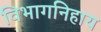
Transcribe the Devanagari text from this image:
विभागनिहाय